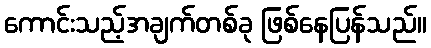
ကောင်းသည့်အချက်တစ်ခု ဖြစ်နေပြန်သည်။